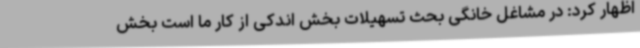
اظهار کرد: در مشاغل خانگی بحث تسهیلات بخش اندکی از کار ما است بخش